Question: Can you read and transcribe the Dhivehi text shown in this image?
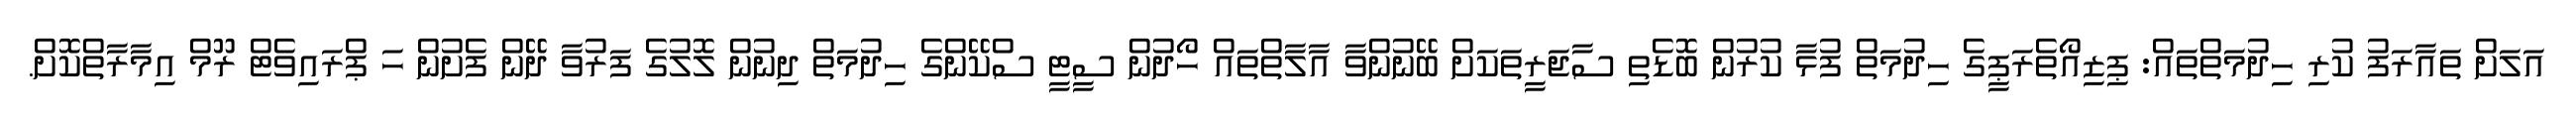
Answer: އަލަށް ތައާރަފު ކުރި ހިދުމަތްތައް: ޕިޒިއޯތެރަޕީގެ ހިދުމަތް ފުޅާ ކުރުން ބޮޑެތި ސާޖަރީތަކަށް ބޭނުންވާ އާލާތްތައް ހޯދުން ސީޓީ ސްކޭންގެ ހިދުމަތް ދިނުން ލޮލުގެ ފަރުވާ ދޭން ފެށުން ހަ ޕްރައިވެޓް ރޫމް އިމާރާތްކޮށް.